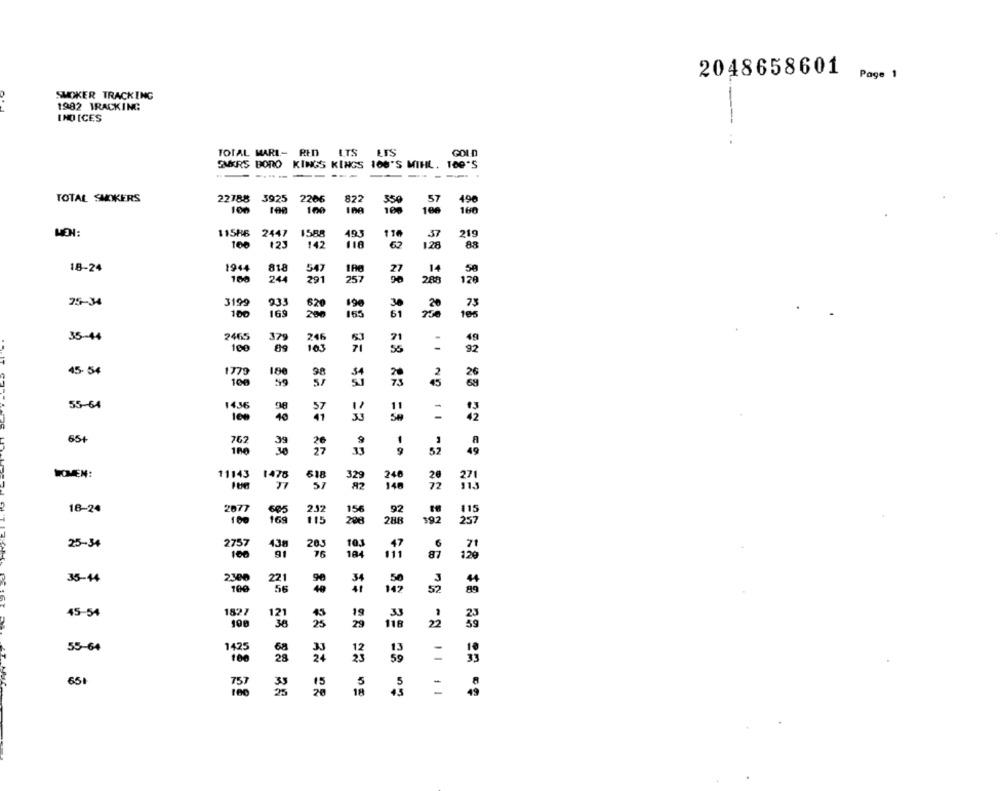
2048658601
Page 1
SMOKER TRACKING
1982 TRACKING
IND ICES
TOTAL MARI- RED
LTS
GOLD
SMKRS BORO KINGS KINGS 160'S MIHL. 100'S
---
-----
TOTAL SMOKERS
22788 3925 2266
822
550
57
496
100
100
100
160
MEN:
115H6 2447
1588
493
110
219
100
123
142
118
60
1.28
88
18-24
1944
818
14
50
547
257
244
288
129
25-34
3199
933
620
190
75
100
169
200
165
105
35-44
2465
379
246
71
100
103
92
45. 54
1779
180
100
2
59
14.56
55-64
98
11
=
40
65+
762
180
9
52
WOMEN:
11143
1478
618
240
57
H2
148
72
18-24
2077
665
252
156
92
115
100
169
115
208
288
392
257
25-34
2757
438
263
103
100
91
76
184
2300
221
35-44
90
34
50
4
100
56
147
57
89
45-54
1827
121
19
33
36
29
118
22
23
55-64
28
=
33
100
651
18
=